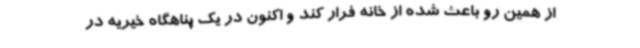
از همین رو باعث شده از خانه فرار کند و اکنون در یک پناهگاه خیریه در